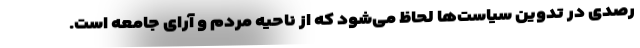
رصدی در تدوین سیاست‌ها لحاظ می‌شود که از ناحیه مردم و آرای جامعه است.